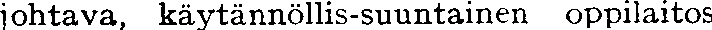
johtava, käytännöllis-suuntainen oppilaitos